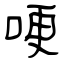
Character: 哽